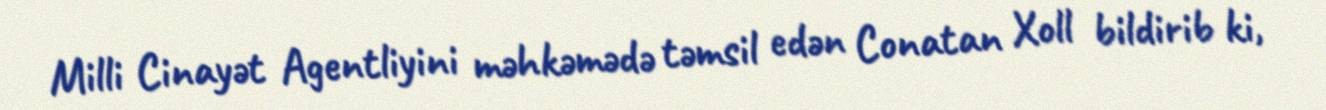
Milli Cinayət Agentliyini məhkəmədə təmsil edən Conatan Xoll bildirib ki,